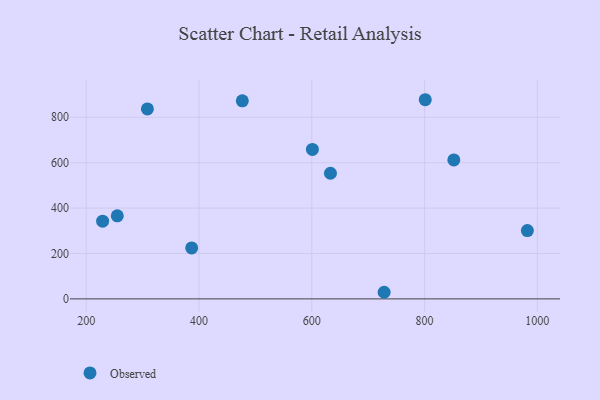
{"axis": {"x": "Investment", "y": "Fuel Efficiency"}, "legend": ["Observed"], "data": [{"x": "387.0", "y": 224.6, "type": "Observed"}, {"x": "308.5", "y": 836.8, "type": "Observed"}, {"x": "728.3", "y": 29.1, "type": "Observed"}, {"x": "851.9", "y": 612.4, "type": "Observed"}, {"x": "801.2", "y": 877.4, "type": "Observed"}, {"x": "982.3", "y": 301.0, "type": "Observed"}, {"x": "255.1", "y": 365.9, "type": "Observed"}, {"x": "229.1", "y": 342.4, "type": "Observed"}, {"x": "633.1", "y": 553.5, "type": "Observed"}, {"x": "601.1", "y": 658.3, "type": "Observed"}, {"x": "476.8", "y": 872.4, "type": "Observed"}]}